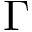
\Gamma